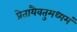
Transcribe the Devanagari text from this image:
प्रेतायैवतुमध्यमं